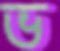
ভ